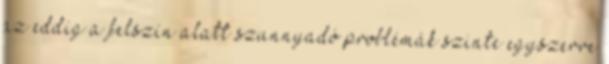
az eddig a felszín alatt szunnyadó problémák szinte egyszerre